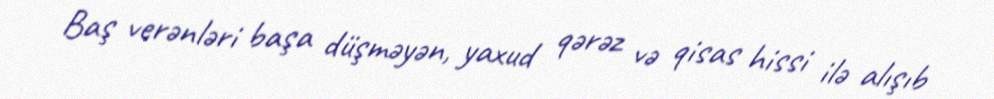
Baş verənləri başa düşməyən, yaxud qərəz və qisas hissi ilə alışıb